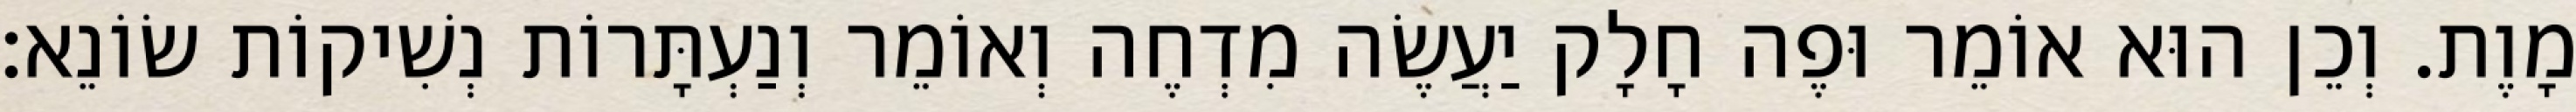
מָוֶת. וְכֵן הוּא אוֹמֵר וּפֶה חָלָק יַעֲשֶׂה מִדְחֶה וְאוֹמֵר וְנַעְתָּרוֹת נְשִׁיקוֹת שׂוֹנֵא: